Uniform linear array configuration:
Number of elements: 12
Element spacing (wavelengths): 0.75
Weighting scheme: uniform
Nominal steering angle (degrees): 45
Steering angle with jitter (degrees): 45.854
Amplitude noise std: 0.05
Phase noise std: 0.05

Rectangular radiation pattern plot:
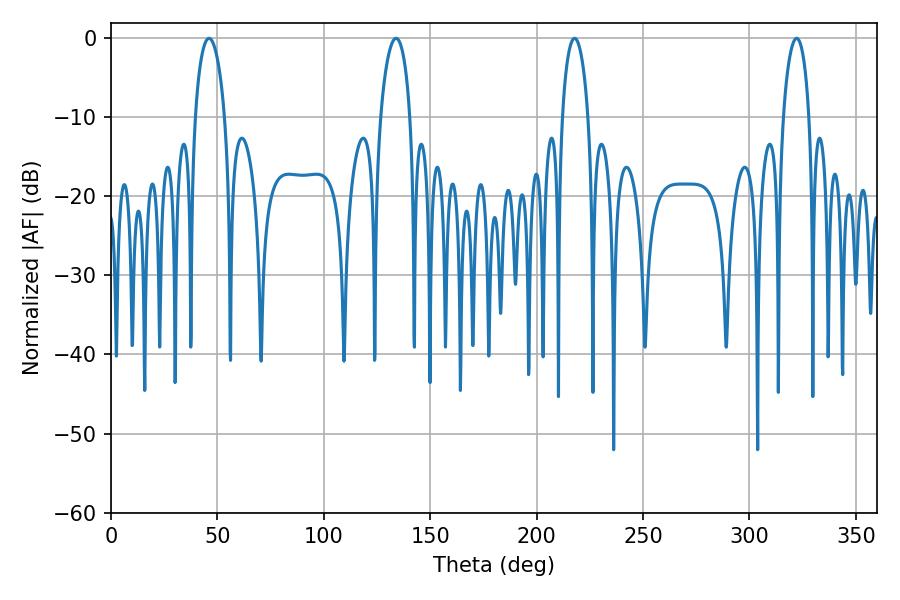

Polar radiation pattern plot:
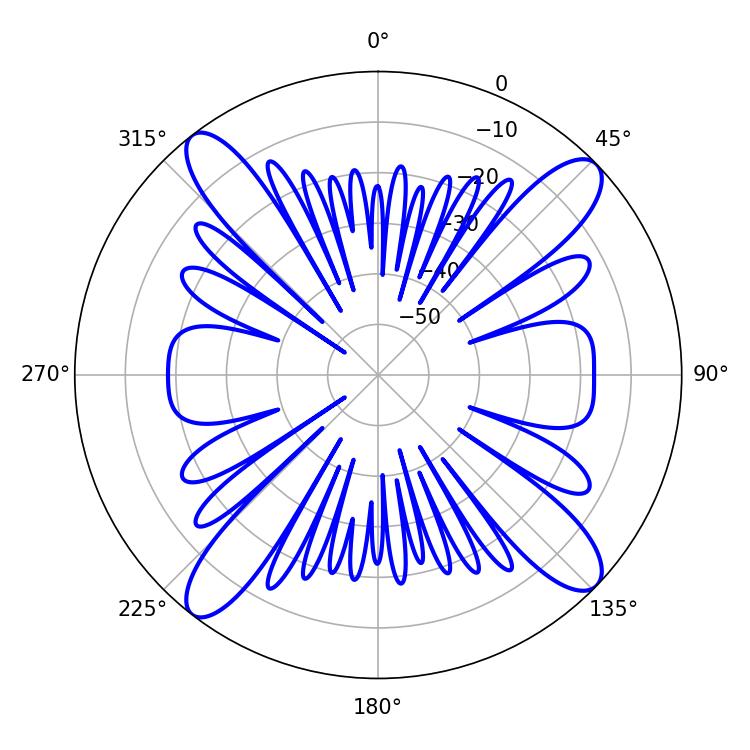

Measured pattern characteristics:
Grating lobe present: TRUE
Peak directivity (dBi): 15.4
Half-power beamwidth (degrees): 7.92
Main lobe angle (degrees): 46.08